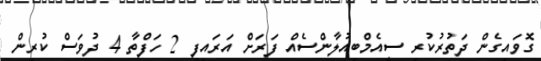
ގޮވައިގެން ދަތުރުކުރި ސީއެމްބިއުލާންސެއް ފަރަށް އަރައިފި 2 ހަފްތާ 4 ދުވަސް ކުރިން